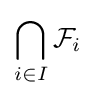
\bigcap _{i\in I}{\mathcal {F}}_{i}